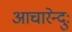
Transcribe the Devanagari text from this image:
आचारेन्दुः